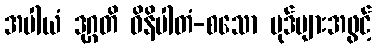
အပါယံ ဒုဂ္ဂတိ ဝိနိပါတံ-စသော ပုဒ်များအဖွင့်